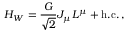
H _ { W } = \frac { G } { \sqrt { 2 } } J _ { \mu } L ^ { \mu } + \mathrm { h . c . } \, ,